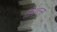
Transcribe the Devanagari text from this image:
डिस्टन्स